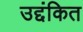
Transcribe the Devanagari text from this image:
उद्दंकित